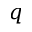
q